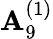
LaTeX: {\mathbf{A}}_{9}^{(1)}